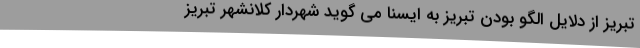
تبریز از دلایل الگو بودن تبریز به ایسنا می گوید شهردار کلانشهر تبریز